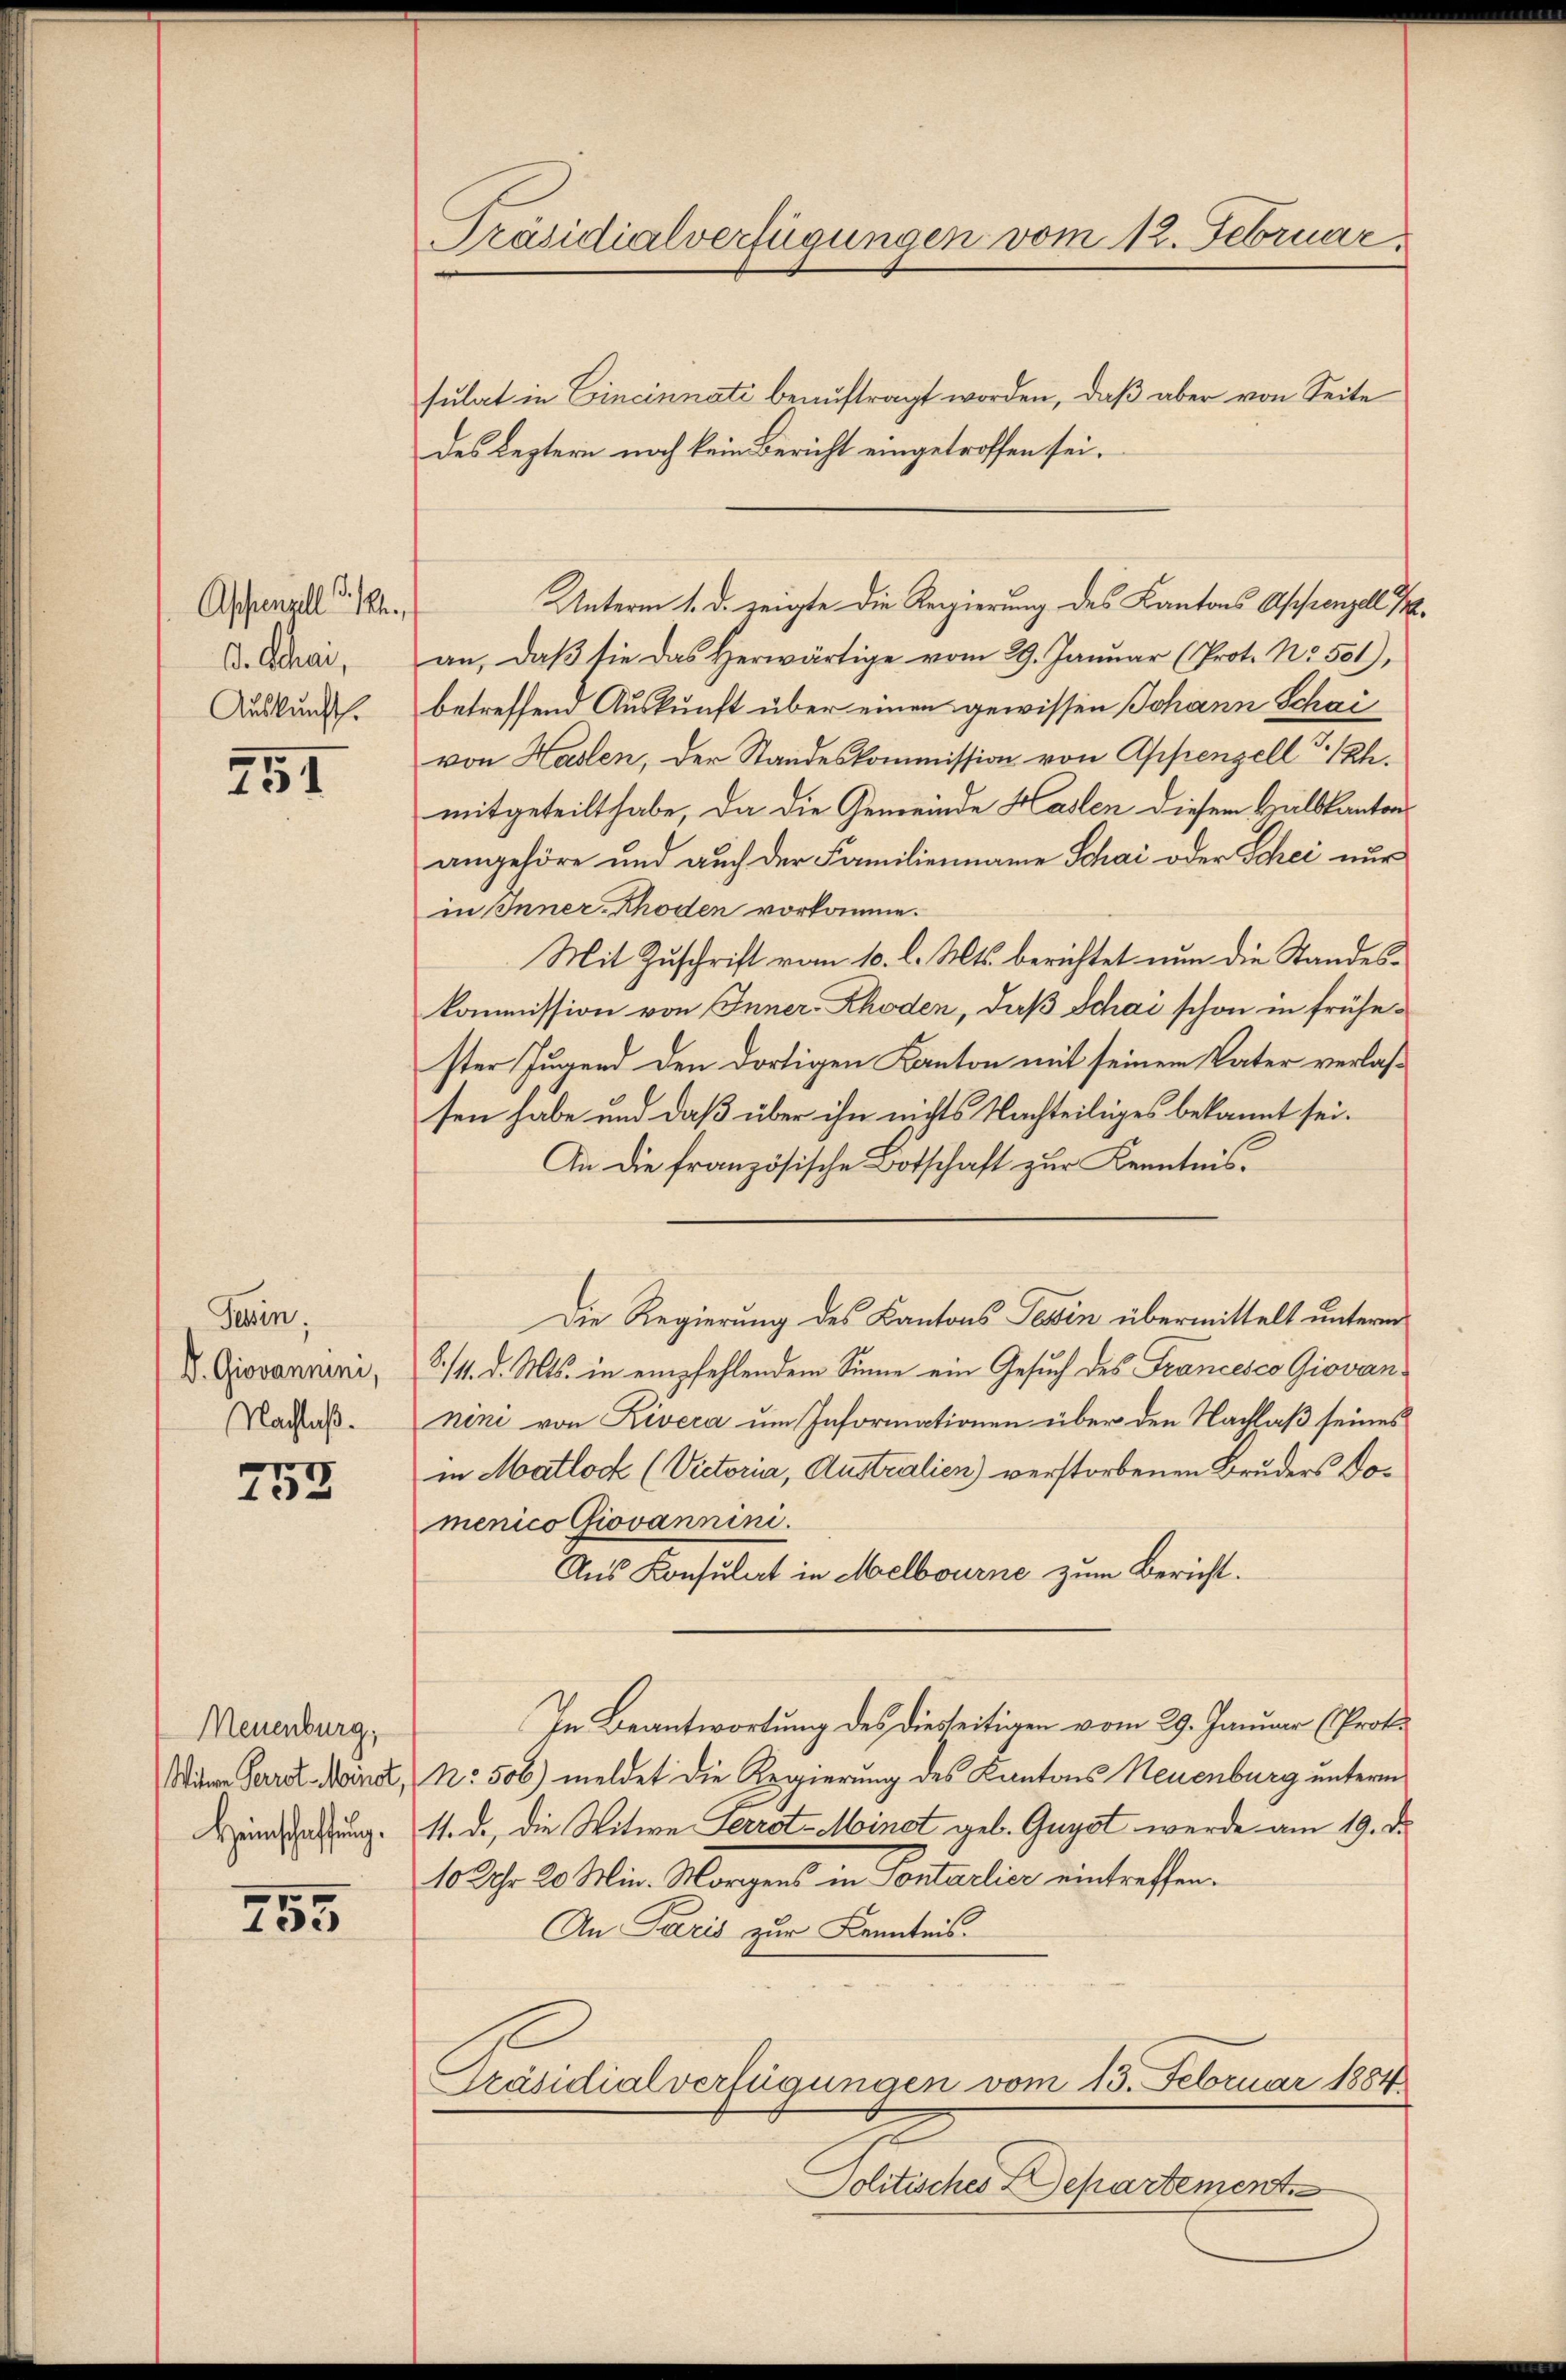
Appenzell P. M.,
D. Schrei
Auskunft.

251

Tessin;
V. Giovannini,
Nachlaß.

253

Neuenburg,
Witwe Perrot. Meinst
Heinschaffung.

755

Präsidialverfügungen vom 12. Februar

an, daβ sie das herwärtige vom 29. Januar (Prot. Nr. 501),
betreffend Auskunft über einen gewissen Johann Schai
von Haslen, der Standeskommission von Appenzell I/Rh.
mitgeteilt habe, da die Gemeinde Haslen diesem Halbkantons
angehöre und auch der Familienname Schai oder Schei nur
in Inner-Rhoden vorkomme.
Mit Zuschrift vom 10. l. Mts. berichtet nun die Standeskommission von Inner-Rhoden, daß Schai schon in frühester Jugend den dortigen Kanton mit seinem Vater verlaßsen habe und daß über ihn nichts Nachteiliges bekannt sei.
An die französische Botschaft zur Kenntnis¬
Die Regierung des Kantons Tessin übermittelt unterm
8./4. d. Mts. in empfehlendem Sinne ein Gesuch des Francesco Giovan
nini von Rivera um Informationen über den Nachlaß seines
in Matlock (Victoria, Australien) verstorbenen Bruders Domenico Giovannin.
Aus Konsulat in Melbourne zum Bericht.
In Beantwortung des diesseitigen vom 29. Januar (Prof.
No. 506) meldet die Regierung des Kantons Neuenburg unterm
1.de, die Witwe Ferrot-Minst geb. Guyst werde am 19. d.
10 Uhr 20 Min. Morgens in Sontarlier eintreffen.
An Paris zur Kenntnis
Präsidialverfügungen vom 13. Februar 1884
Politisches Departement

sulat in Cincinnati beauftragt worden, daß aber von Seite
des Leztern noch kein Bericht eingetroffen sei.

Unterm 1. d. zeigte die Regierung des Kantons Appenzell I.